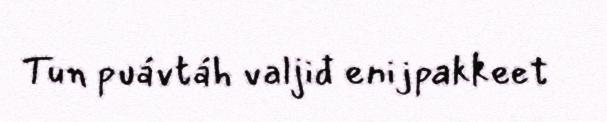
Tun puávtáh valjiđ enijpakkeet